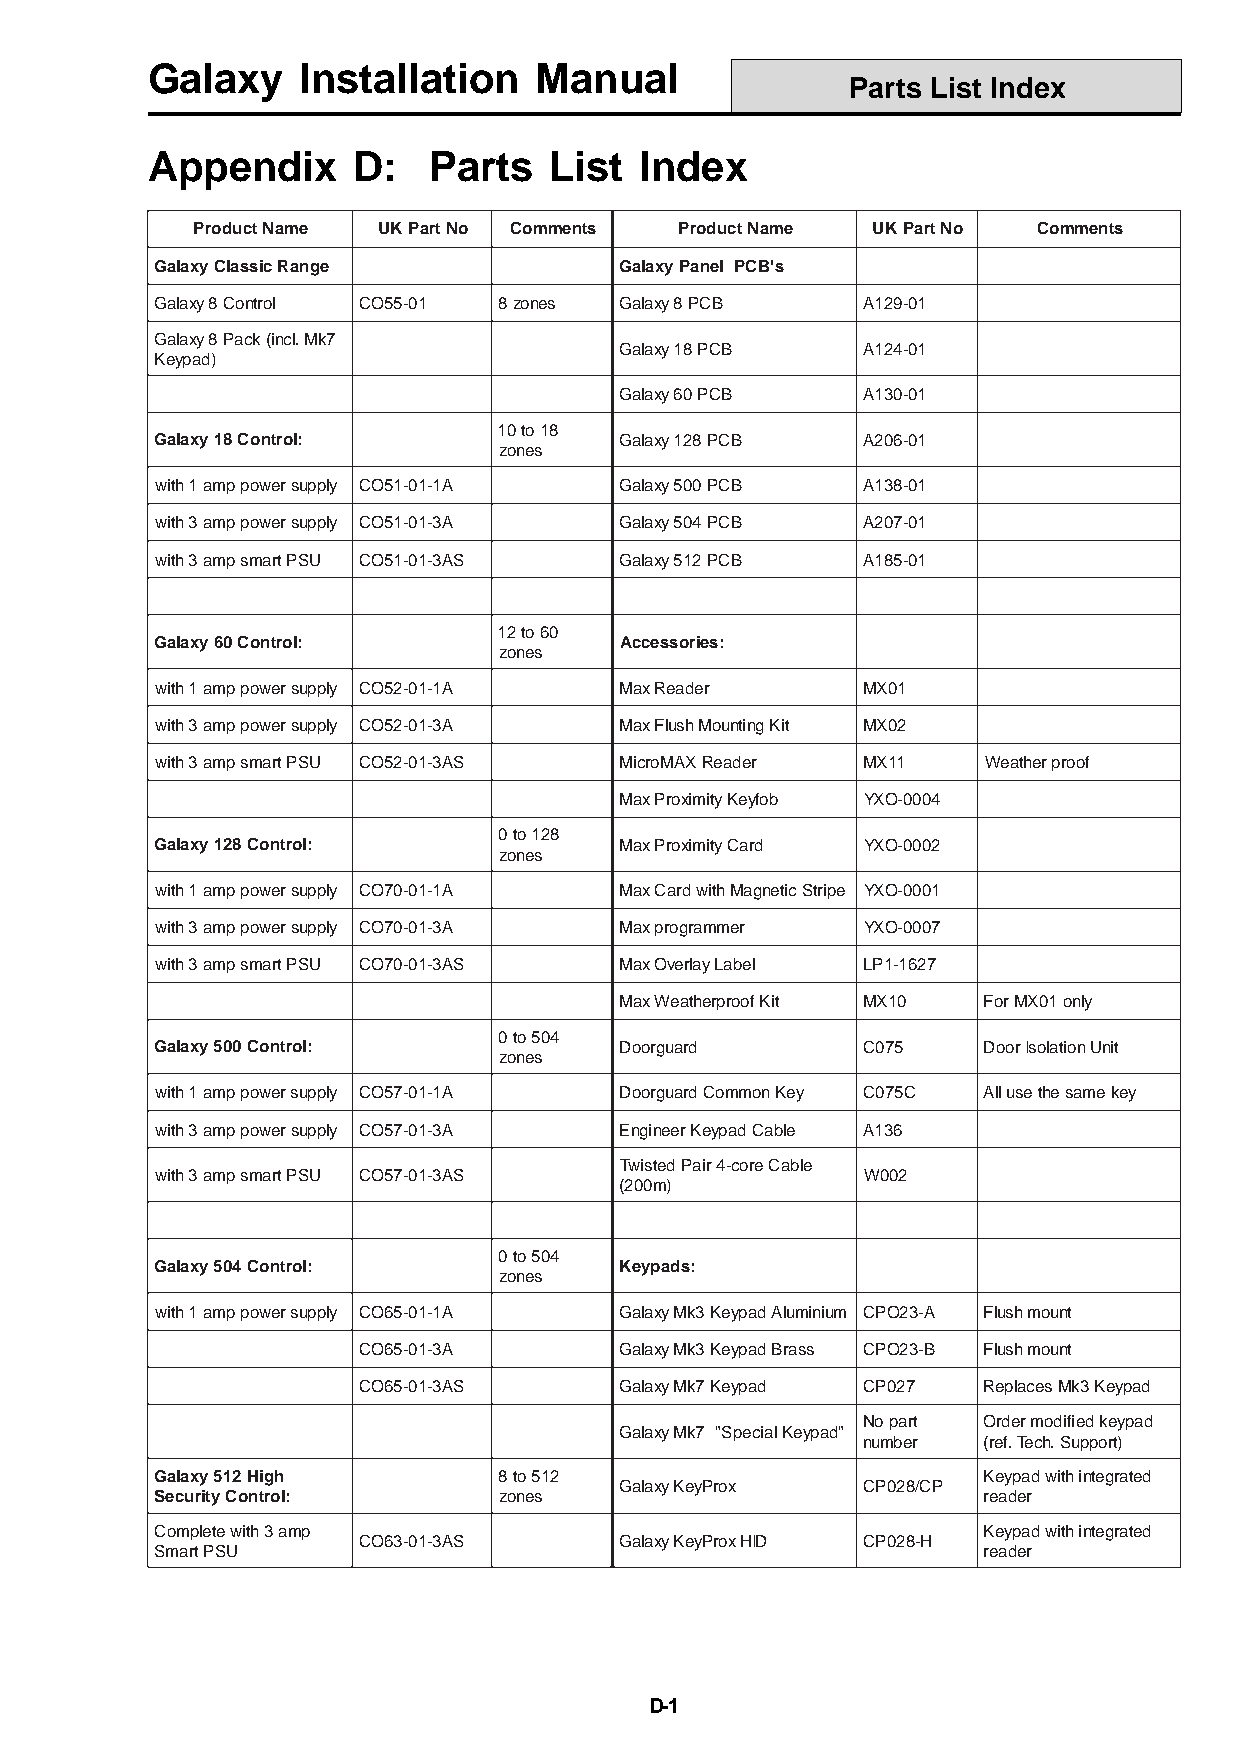
Galaxy    Installation   Manual
 Parts List Index
 Appendix     D:   Parts   List  Index
 ProductName UKPartNo Comments   ProductName  UKPartNo   Comments
 GalaxyClassicRange             GalaxyPanel PCB's
 Galaxy8Control CO55-01 8zones  Galaxy8PCB      A129-01
 Galaxy8Pack(incl.Mk7
 Galaxy18PCB     A124-01
 Keypad)
 Galaxy60PCB     A130-01
 10to18
 Galaxy18Control:               Galaxy128PCB    A206-01
 zones
 with1amppowersupply CO51-01-1A Galaxy500PCB    A138-01
 with3amppowersupply CO51-01-3A Galaxy504PCB    A207-01
 with3ampsmartPSU CO51-01-3AS   Galaxy512PCB    A185-01
 12to60
 Galaxy60Control:               Accessories:
 zones
 with1amppowersupply CO52-01-1A MaxReader       MX01
 with3amppowersupply CO52-01-3A MaxFlushMountingKit MX02
 with3ampsmartPSU CO52-01-3AS   MicroMAXReader  MX11    Weatherproof
 MaxProximityKeyfob YXO-0004
 0to128
 Galaxy128Control:              MaxProximityCard YXO-0002
 zones
 with1amppowersupply CO70-01-1A MaxCardwithMagneticStripe YXO-0001
 with3amppowersupply CO70-01-3A Maxprogrammer   YXO-0007
 with3ampsmartPSU CO70-01-3AS   MaxOverlayLabel LP1-1627
 MaxWeatherproofKit MX10 ForMX01only
 0to504
 Galaxy500Control:              Doorguard       C075    DoorIsolationUnit
 zones
 with1amppowersupply CO57-01-1A DoorguardCommonKey C075C Allusethesamekey
 with3amppowersupply CO57-01-3A EngineerKeypadCable A136
 TwistedPair4-coreCable
 with3ampsmartPSU CO57-01-3AS                   W002
 (200m)
 0to504
 Galaxy504Control:              Keypads:
 zones
 with1amppowersupply CO65-01-1A GalaxyMk3KeypadAluminium CPO23-A Flushmount
 CO65-01-3A       GalaxyMk3KeypadBrass CPO23-B Flushmount
 CO65-01-3AS      GalaxyMk7Keypad CP027   ReplacesMk3Keypad
 Nopart  Ordermodifiedkeypad
 GalaxyMk7 "SpecialKeypad"
 number  (ref.Tech.Support)
 Galaxy512High          8to512                          Keypadwithintegrated
 GalaxyKeyProx   CP028/CP
 SecurityControl:       zones                           reader
 Completewith3amp                                       Keypadwithintegrated
 CO63-01-3AS      GalaxyKeyProxHID CP028-H
 SmartPSU                                               reader
 D-1